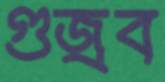
গুজ্‌রব